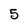
Character: 5